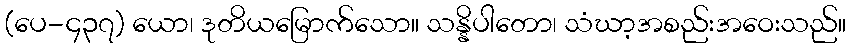
(ပေ-၄၃၇) ယော၊ ဒုတိယမြောက်သော။ သန္နိပါတော၊ သံဃာ့အစည်းအဝေးသည်။